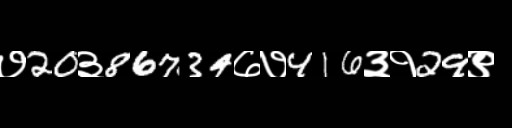
Text: ७20३86734७७416३१29९